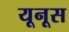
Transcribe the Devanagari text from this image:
यूनूस